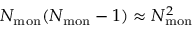
{ N _ { \mathrm { m o n } } ( N _ { \mathrm { m o n } } - 1 ) \approx N _ { \mathrm { m o n } } ^ { 2 } }